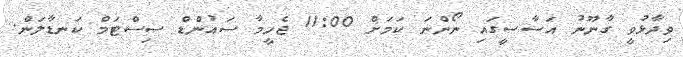
ވިދާޅުވީ ގާނޫނު އަސާސީގައި ނޯންނަ ކަަމަށް 11:00 ޖެހީމާ ސައުންޑް ސިސްޓަމް ކަނޑާލަން.